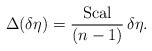
LaTeX: \begin{align*} \Delta (\delta \eta) = \frac{\rm Scal}{(n - 1)} \, \delta \eta. \end{align*}